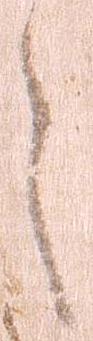
之